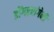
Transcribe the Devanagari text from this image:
डोंगररांगेनी